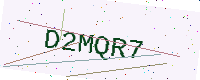
Text: D2MQR7